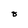
Character: 8